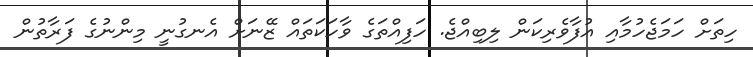
ހިތަށް ހަމަޖެހުމާއި އުފާވެރިކަން ލިބިއްޖެ. ހަފިއްތަގެ ވާހަކަތައް ޒޭނަށް އެނގުނީ މިންނުގެ ފަރާތުން